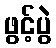
ဖွင့်ပွဲ